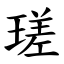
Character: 瑳